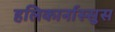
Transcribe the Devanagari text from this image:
हलिकार्नास्सुस